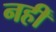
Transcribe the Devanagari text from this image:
नहीं